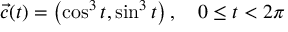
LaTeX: { \vec { c } } ( t ) = \left( \cos ^ { 3 } t , \sin ^ { 3 } t \right) , \quad 0 \leq t < 2 \pi